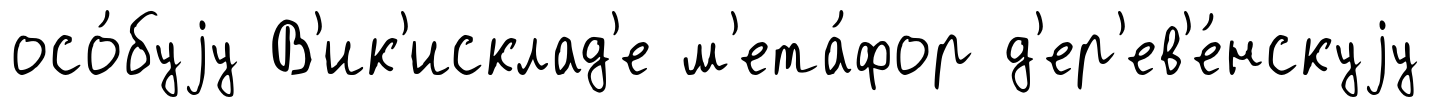
осо́буjу В'ик'исклад'е м'ета́фор д'ер'ев'е́нскуjу